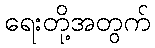
ရေးတို့အတွက်